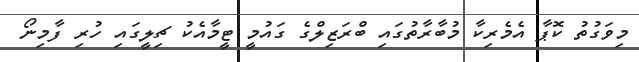
މިވަގުތު ކޮޕާ އެމެރިކާ މުބާރާތުގައި ބްރަޒިލްގެ ގައުމީ ޓީމާއެކު ޗިލީގައި ހުރި ފާމިނޯ